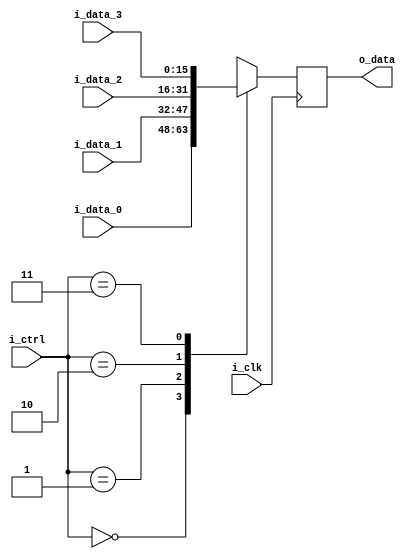
module problem5(
  input [1:0]  i_ctrl,
  input i_clk,
  input [15:0] i_data_0,
  input [15:0] i_data_1,
  input [15:0] i_data_2,
  input [15:0] i_data_3,
  output reg [15:0] o_data
);

  always @(posedge i_clk) begin
    case(i_ctrl)
      2'b00: o_data = i_data_0;
      2'b01: o_data = i_data_1;
      2'b10: o_data = i_data_2;
      2'b11: o_data = i_data_3;
    endcase
  end

endmodule